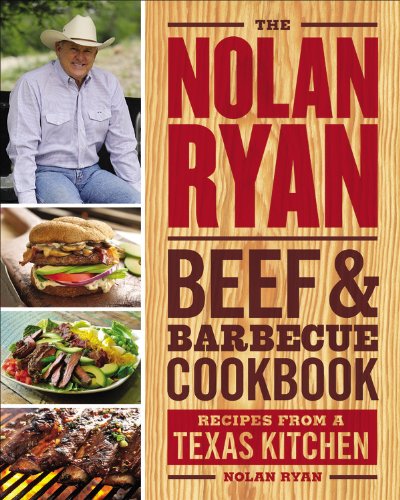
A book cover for The Nolan Ryan Beef & Barbecue Cookbook: Recipes from a Texas Kitchen; Nolan Ryan; Cookbooks, Food & Wine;